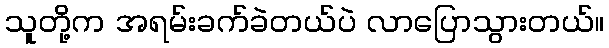
သူတို့က အရမ်းခက်ခဲတယ်ပဲ လာပြောသွားတယ်။